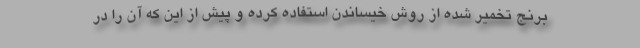
برنج تخمیر شده از روش خیساندن استفاده کرده و پیش از این که آن را در